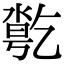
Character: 𠄄